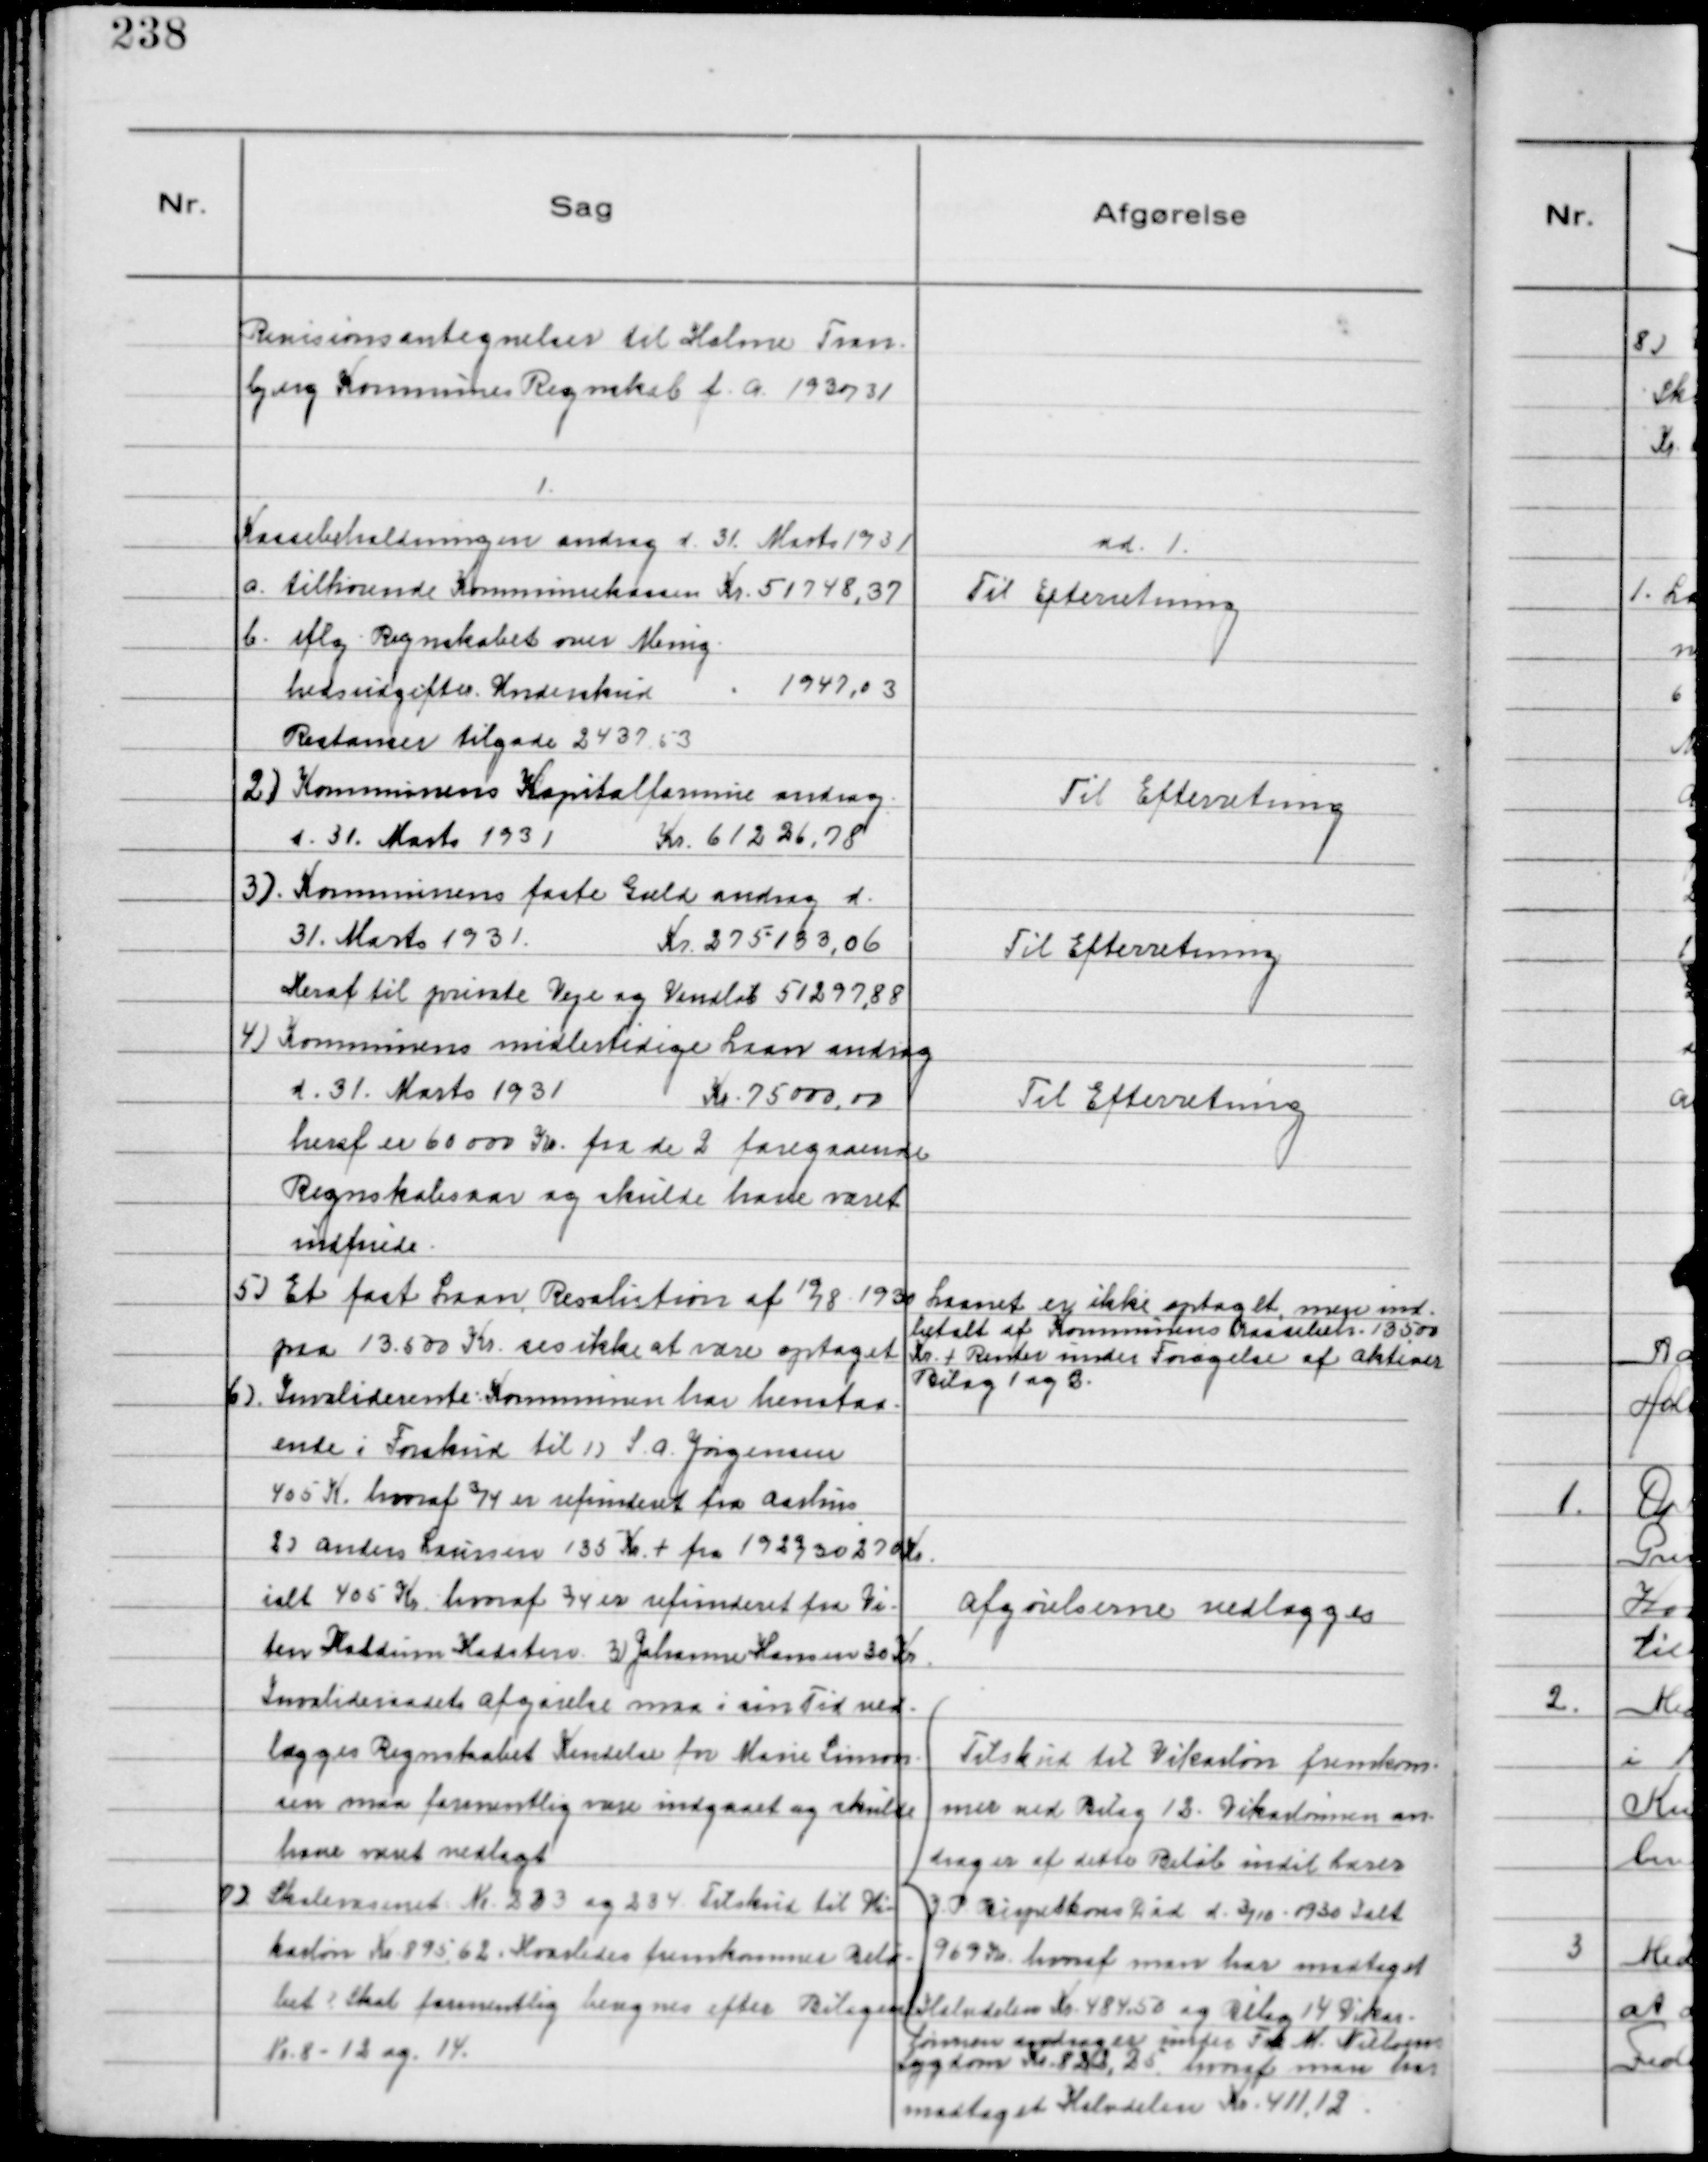
Transskription:
Revisionsantegnelser til Holme Tran-
bjerg Kommunes Regnskab f.a. 1930/31

1.
Kassebeholdningen androg d. 31. Marts 1931
a. tilhørende Kommunekassen Kr. 51748,37
b. iflg Regnskabet over Menig
hedsudgifter. Underskud 1947,03
Restancer tilgode 2437,53

ad. 1.
Til Efterretning

2)Kommunens Kapitalformue androg
d. 31. Marts 1931 Kr. 61226,78

Til Efterretning

3)Kommunens faste Gæld androg d.
31. Marts 1931 Kr. 275133,06
Heraf til private Veje og Vandløb 51297,88

Til Efterretning

4)Kommunens midlertidige Laan androg
d. 31. Marts 1931 Kr. 75000,00
heraf er 60000 Kr. fra de 2 foregaaende
Regnskabsaar og skulde have været
indfriede.

Til Efterretning

5) Et fast Laan, Resolution af 19/8 1930
paa 13.500 Kr. ses ikke at være optaget

Laanet er ikke optaget, men ind-
betalt af Kommunens Kasselaan. 13500
Kr. + Renter under Forøgelse af Aktiver
Bilag 1 og 2.

6)Invaliderente: Kommunen har henstaa-
ende i Forskud til 1)S. A. Jørgensen
405 K. hvoraf ¾ er refunderet fra Aarhus
2)Anders Laursen 135 Kr + fra 1929/30 270 Kr.
ialt 405 Kr. hvoraf ¾ er refunderet fra Vi-
ten Haldum Hadsten 3)Johanne Hansen 30 Kr
Invalideraadets afgørelse maa i sin Tid ved-
lægges Regnskabet Kendelse for Marie Simon-
sen maa formentlig være indgaaet og skulde
have været vedlagt

Afgørelserne vedlægges

7)Skolevæsenet № 223 og 234 Tilskud til Vi-
karløn Kr. 895,62. Hvorledes fremkommer Belø-
bet? Skal formentlig beregnes efter Bilagene
№8 -12 og 14.

Tilskud til Vikarløn fremkom
mer ved Bilag 12. Vikarlønnen an
drager af dette Beløb indtil Lærer
J.P- Bispetkons Død d. 3/10 - 1930 Ialt
969 Kr. hvoraf man har medtaget
Halvdelen Kr. 484,50 og Bilag 14 Vikar-
lønnen andrager inden Frk M. Nielsens
Sygdom Kr. 822,25 hvoraf man har
medtaget Halvdelen Kr. 411,12